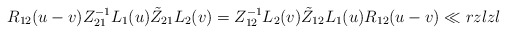
\begin{align*}{R}_{12}(u-v)Z_{21}^{-1}L_{1}(u)\tilde Z_{21}L_{2}(v)= Z_{12}^{-1}L_{2}(v) \tilde Z_{12}L_{1}(u){R}_{12}(u-v)\ll{rzlzl}\end{align*}